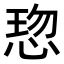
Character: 𢜍